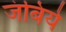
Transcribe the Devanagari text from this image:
जंबिये